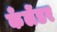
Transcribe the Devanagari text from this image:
कँलेंडर